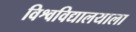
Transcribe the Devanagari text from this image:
विश्वविद्यालयाला